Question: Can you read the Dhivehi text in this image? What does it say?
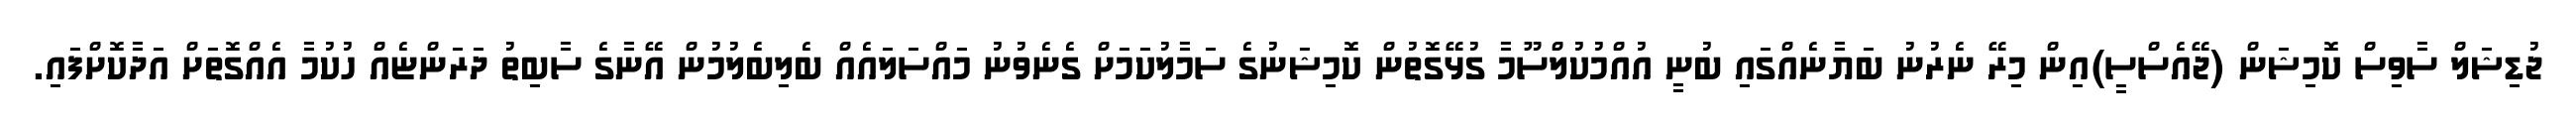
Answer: ޖުޑިޝަލް ސާވިސް ކޮމިޝަން (ޖޭއެސްސީ)އިން މިރޭ ނެރުނު ބަޔާނެއްގައި ބުނީ އުއްމުކުލްސޫމާ ގުޅޭގޮތުން ކޮމިޝަނުގެ ސަމާލުކަމަށް ގެނެވުނު މައްސަލައެއް ބެލިބެލުމުން އޭނާގެ ސާބިތު ދަރަންޏެއް ހުކުމާ އެއްގޮތަށް އަދާކޮށްފައި.